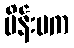
မိန်းမက